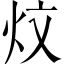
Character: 炆